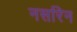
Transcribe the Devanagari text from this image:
नसरिन